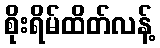
စိုးရိမ်ထိတ်လန့်